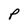
Character: P